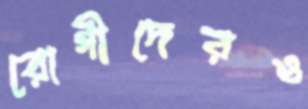
রোগীদেরও